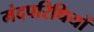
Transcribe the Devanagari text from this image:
मंदपरिधियों